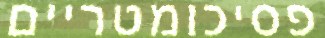
פסיכומטריים